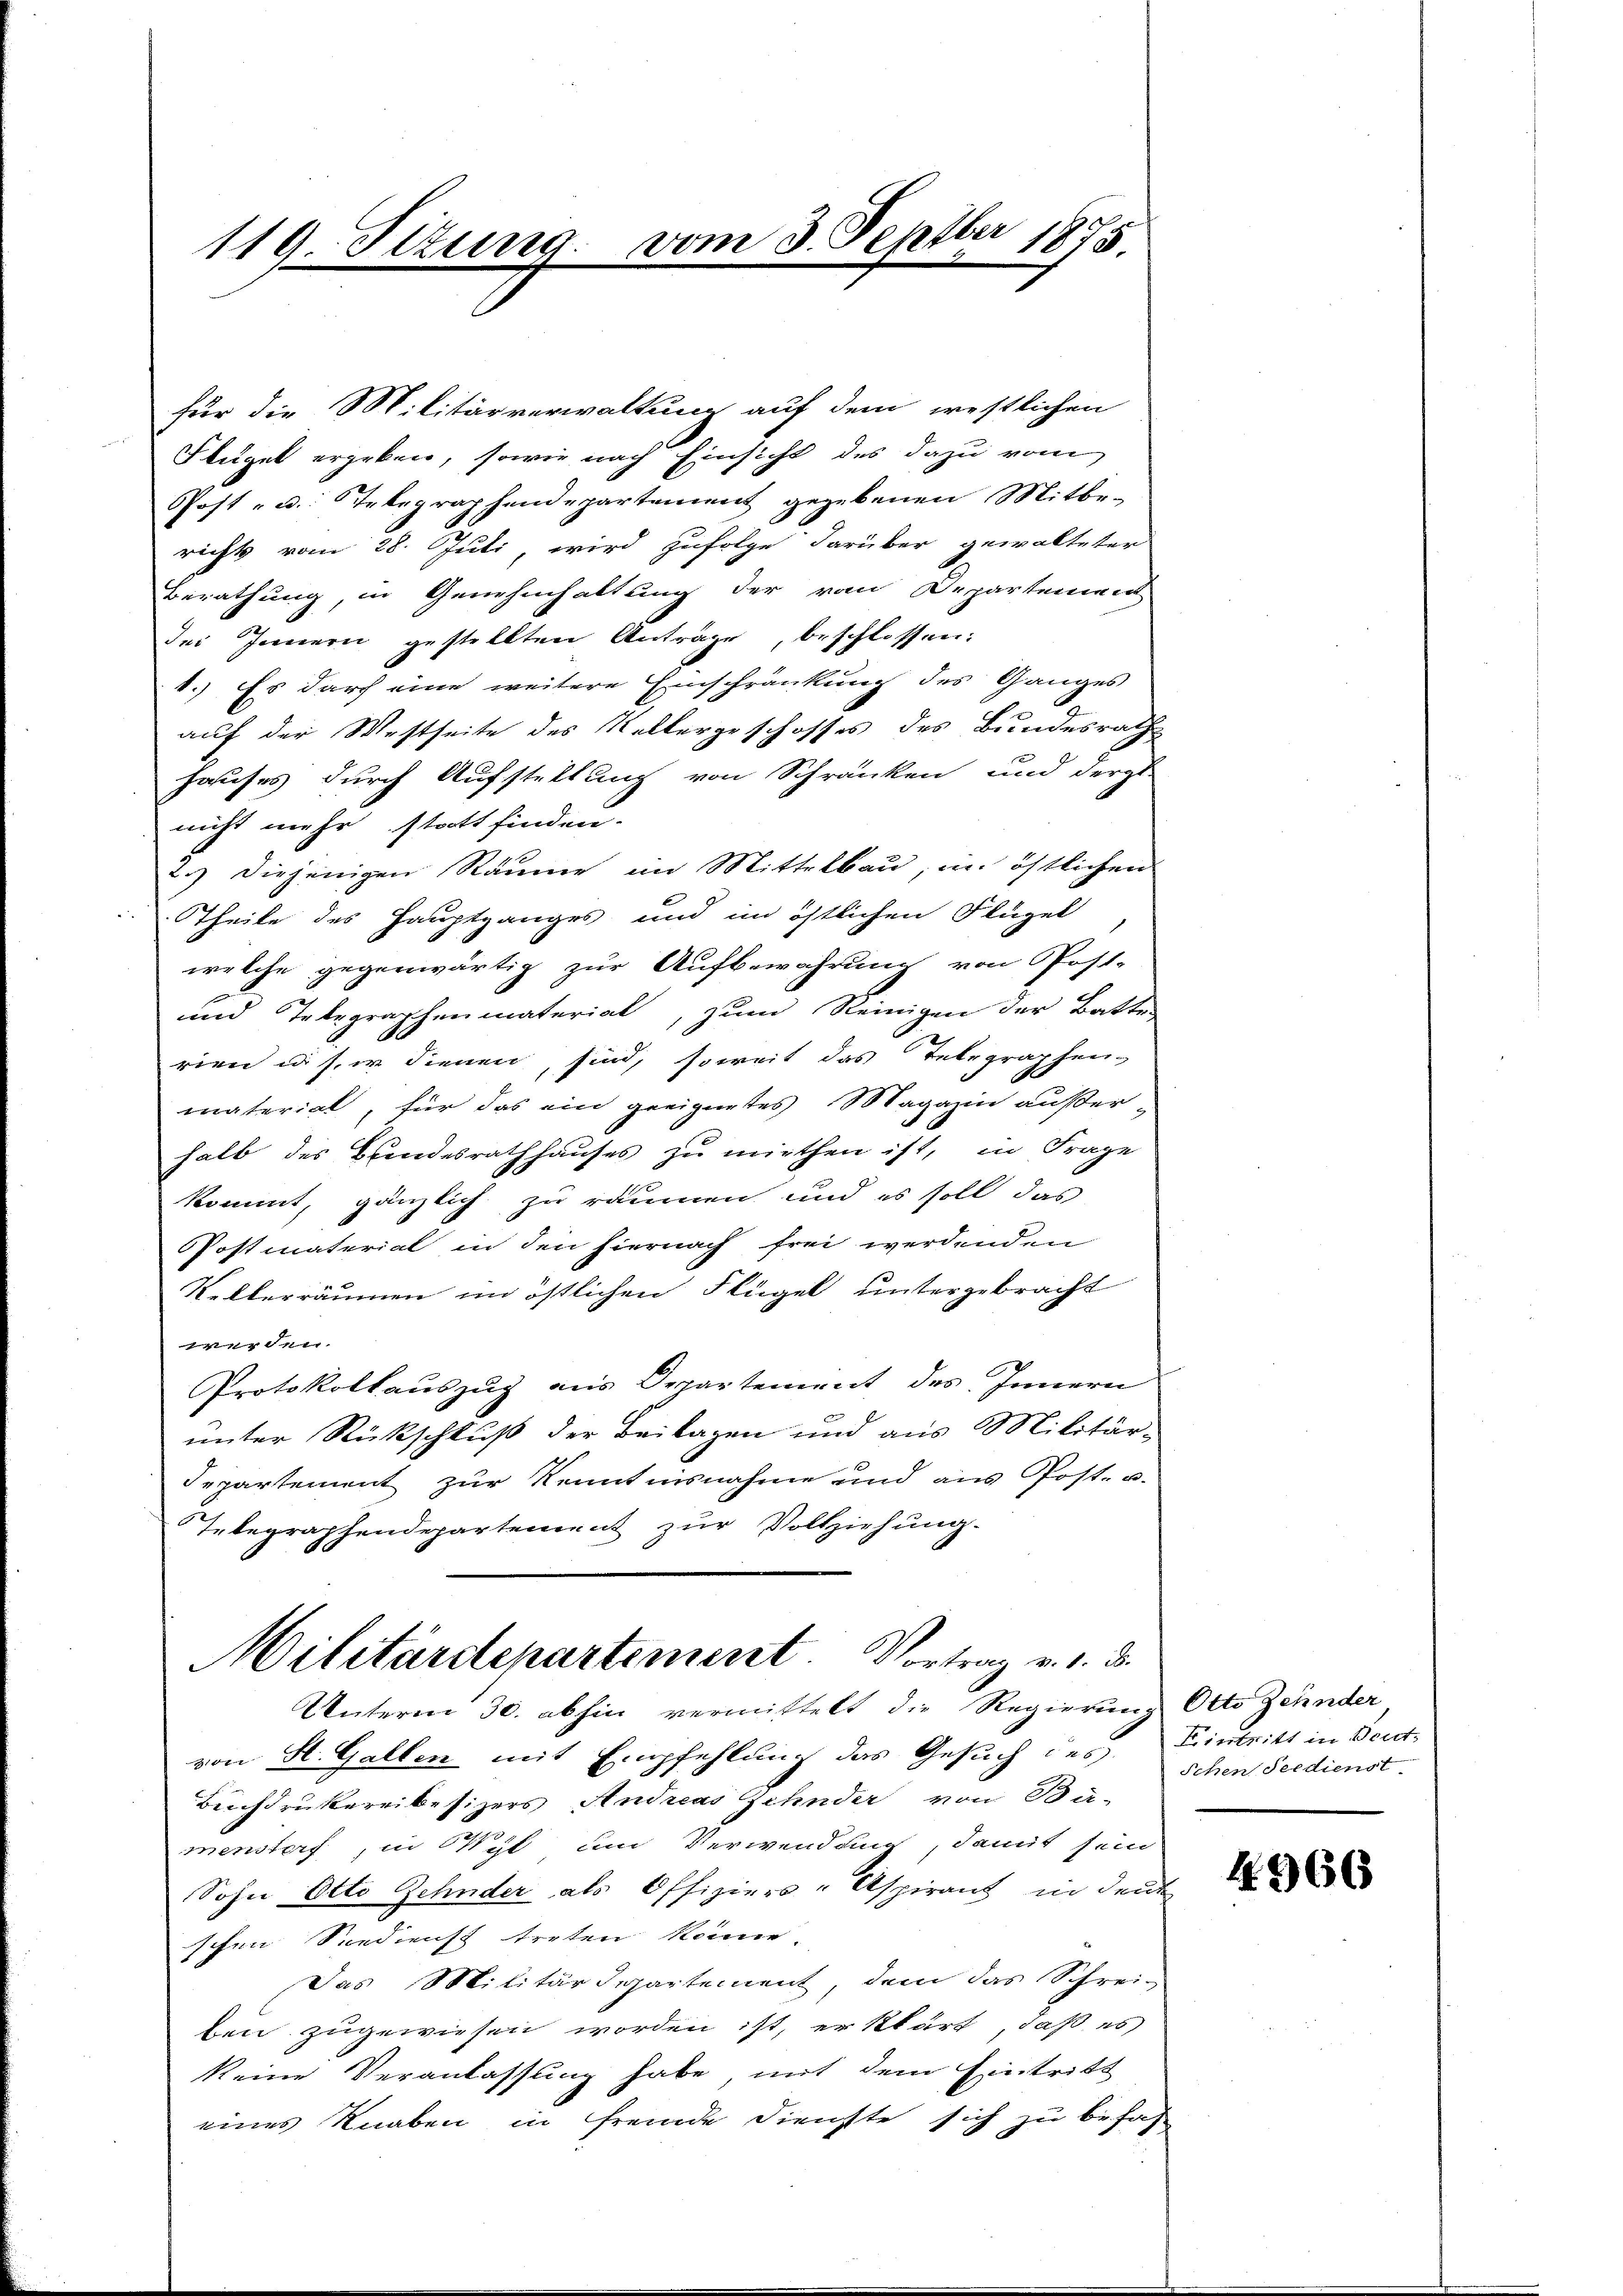
119. Sitzung vom 3. Septbr 1875.

für die Militärverwaltung auf dem westlichen
Flügel ergeben, sowie nach Einsicht des dazu vom
Post- u. Telegraphendepartement gegebenen Mitberichts vom 28. Juli, wird zufolge darüber gewalteter
Berathung, in Genehmhaltung der vom Departement
des Innern gestellten Anträge, beschlossen:
1.) Es durch eine weitere Einschränkung des Ganges
auf der Westseite des Keltergeschosses des Bundesrath
hauses durch Aufstellung von Schranken und derge
nicht mehr stratt finden.
2.) Diejenigen Räume im Mittelbau, im östlichen
Theile des Hauptganges und im östlichen Flügel
welche gegenwärtig zur Aufbewahrung von Post-
und Telegraphenmaterial, zum Reinigen der Batte
rien in s. in dienen, sind, soweit das Telegraphen-
materiat, für das ein geeignetes Magazin außer-
halb des Bundesrathhauses zu miethen ist, in Frage
kommt, gänzlich zu räumen und es soll das
Postmaterial in den hiernach frei werdenden
Vellerräumen im östlichen Flügel untergebracht
werden.
Protokollauszug aus Departement des Innern
unter Rückschluß der Beilagen und aus Militär-
Departement zur Kenntnisnahme und aus Post- u.
Telegraphendepartement zur Vollziehung.
Militärdepartement Vortrag v. 1. d.
Unterm 30. abhin vermittelt die Regierung Otto Zehnder
von St. Gallen mit Empfehlung das Gesuch des Eintritt in Beid-
Buchdruckereibesizers Andreas Zehnder von Bu-
menstorf, in Wyl um Verwendung, damit sein
Sohn Otto Zehnder als Offiziers-Aspirant in deut
schen Spedienst treten könne.
Das Militärdepartement, dem das Schrei-
ben zugewiesen worden ist, er klärt, daß es
keine Veranlassung habe, mit dem Eintritt
eines Knaben in fremde Dienste sich zu befah

Schen Seedienst

4966